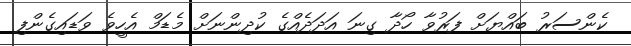
ކެންސަރު ބައްޔަށް ފަރުވާ ހޯދާ ގިނަ އަދަދެއްގެ ކުދިންނަށް މެޑަމް އެހީވެ ވަޑައިގެންފި